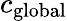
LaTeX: c_{\mathrm{global}}